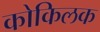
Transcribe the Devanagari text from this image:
कोकिलक